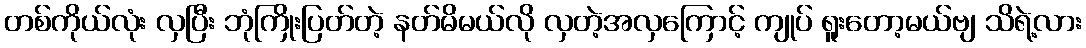
တစ်ကိုယ်လုံး လှပြီး ဘုံကြိုးပြတ်တဲ့ နတ်မိမယ်လို လှတဲ့အလှကြောင့် ကျုပ် ရူးတော့မယ်ဗျ သိရဲ့လား